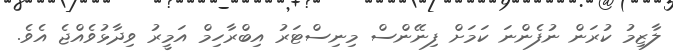
ލާޒިމު ކުރަން ނުފެންނަ ކަމަށް ފިނޭންސް މިނިސްޓަރު އިބްރާހިމް އަމީރު ވިދާޅުވެއްޖެ އެވެ.